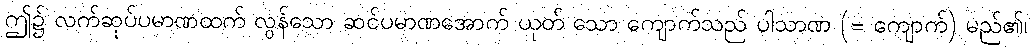
ဤ၌ လက်ဆုပ်ပမာဏထက် လွန်သော ဆင်ပမာဏအောက် ယုတ် သော ကျောက်သည် ပါသာဏ (= ကျောက်) မည်၏၊